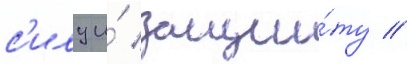
с'илу и́ защи́ту //